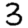
Digit: 3